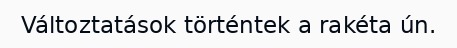
Változtatások történtek a rakéta ún.